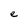
Character: e